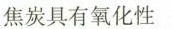
焦炭具有氧化性